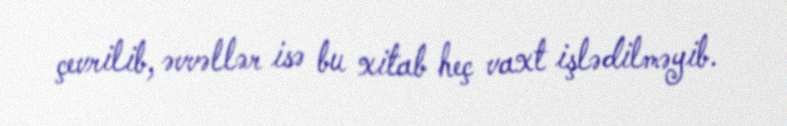
çevrilib, əvvəllər isə bu xitab heç vaxt işlədilməyib.